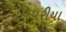
પિપરીયા